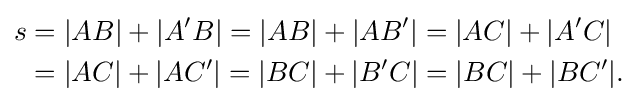
{\begin{aligned}s&=|AB|+|A'B|=|AB|+|AB'|=|AC|+|A'C|\\&=|AC|+|AC'|=|BC|+|B'C|=|BC|+|BC'|.\end{aligned}}